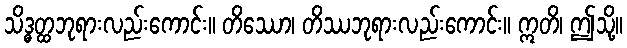
သိဒ္ဓတ္ထဘုရားလည်းကောင်း။ တိဿော၊ တိဿဘုရားလည်းကောင်း။ ဣတိ၊ ဤသို့။